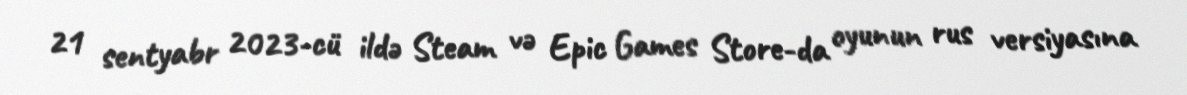
21 sentyabr 2023-cü ildə Steam və Epic Games Store-da oyunun rus versiyasına